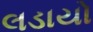
લડાયો